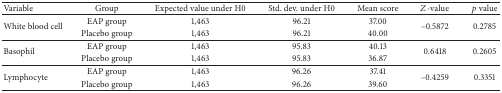
<table><thead><tr><td><b>Variable</b></td><td><b>Group</b></td><td><b>Expected value under H0</b></td><td><b>Std. dev. under H0</b></td><td><b>Mean score</b></td><td><b><i>Z</i>-value</b></td><td><b><i>p</i> value</b></td></tr></thead><tbody><tr><td rowspan="2">White blood cell</td><td>EAP group</td><td>1,463</td><td>96.21</td><td>37.00</td><td rowspan="2">–0.5872</td><td rowspan="2">0.2785</td></tr><tr><td>Placebo group</td><td>1,463</td><td>96.21</td><td>40.00</td></tr><tr><td rowspan="2">Basophil</td><td>EAP group</td><td>1,463</td><td>95.83</td><td>40.13</td><td rowspan="2">0.6418</td><td rowspan="2">0.2605</td></tr><tr><td>Placebo group</td><td>1,463</td><td>95.83</td><td>36.87</td></tr><tr><td rowspan="2">Lymphocyte</td><td>EAP group</td><td>1,463</td><td>96.26</td><td>37.41</td><td rowspan="2">–0.4259</td><td rowspan="2">0.3351</td></tr><tr><td>Placebo group</td><td>1,463</td><td>96.26</td><td>39.60</td></tr></tbody></table>